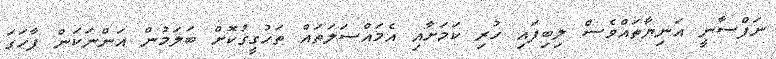
ނަފްސާނީ އަނިޔާތައްވެސް ލިބިފައި ހުރި ކަމަށާއި އެމައްސަލަތައް ތަހުގީގުކޮށް ބަލަމުން އަންނަކަން ފާހަގަ